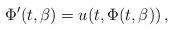
LaTeX: \begin{align*}\Phi'(t, \beta)=u(t,\Phi(t, \beta))\,,\end{align*}